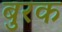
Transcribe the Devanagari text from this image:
बुरक